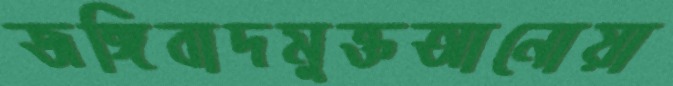
জঙ্গিবাদমুক্তআনোয়া